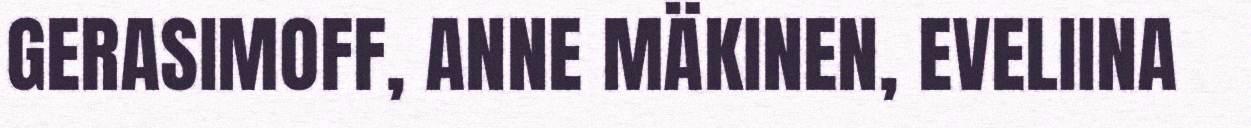
GERASIMOFF, ANNE MÄKINEN, EVELIINA